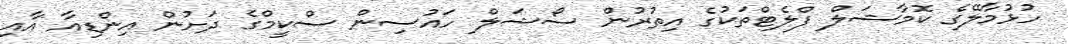
ހުޅުމާލޭގެ ކޮމާޝަލް ފްލެޓްތަކުގެ އިތުރުން ސޯޝަލް ހައުސިން ސްކީމްގެ ދަށުން އިންޑިއާ އާއި